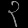
Digit: ၃